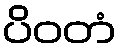
ပိဝတံ